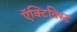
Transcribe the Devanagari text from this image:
ऍक्टिविस्ट